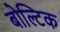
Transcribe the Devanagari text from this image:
बोल्टिक